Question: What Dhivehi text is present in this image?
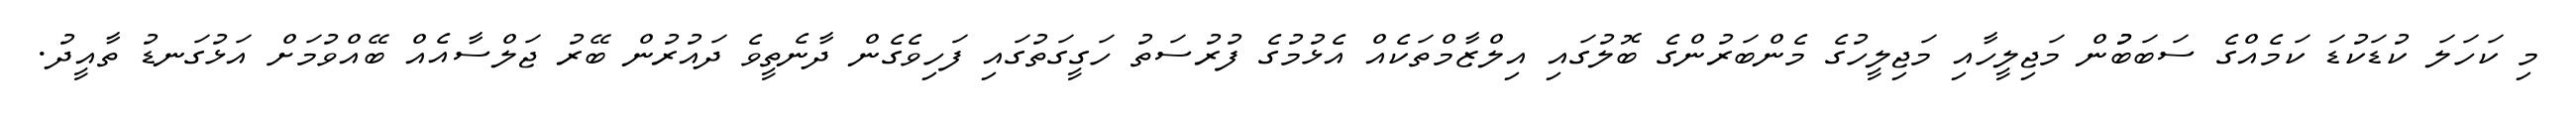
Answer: މި ކަހަލަ ކުޑަކުޑަ ކަމެއްގެ ސަބަބުުން މަޖިލީހާއި މަޖިލީހުގެ މެންބަރުންގެ ބޮލުގައި އިލްޒާމްތަކެއް އެޅުމުގެ ފުރުސަތު ހަގީގަތުގައި ފަހިވެގެން ދާނެތީވެ ދައުރުން ބޭރު ޖަލްސާއެއް ބޭއްވުމަށް އަޅުގަނޑު ތާއީދު.